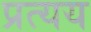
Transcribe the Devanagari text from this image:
प्रत्‍यय